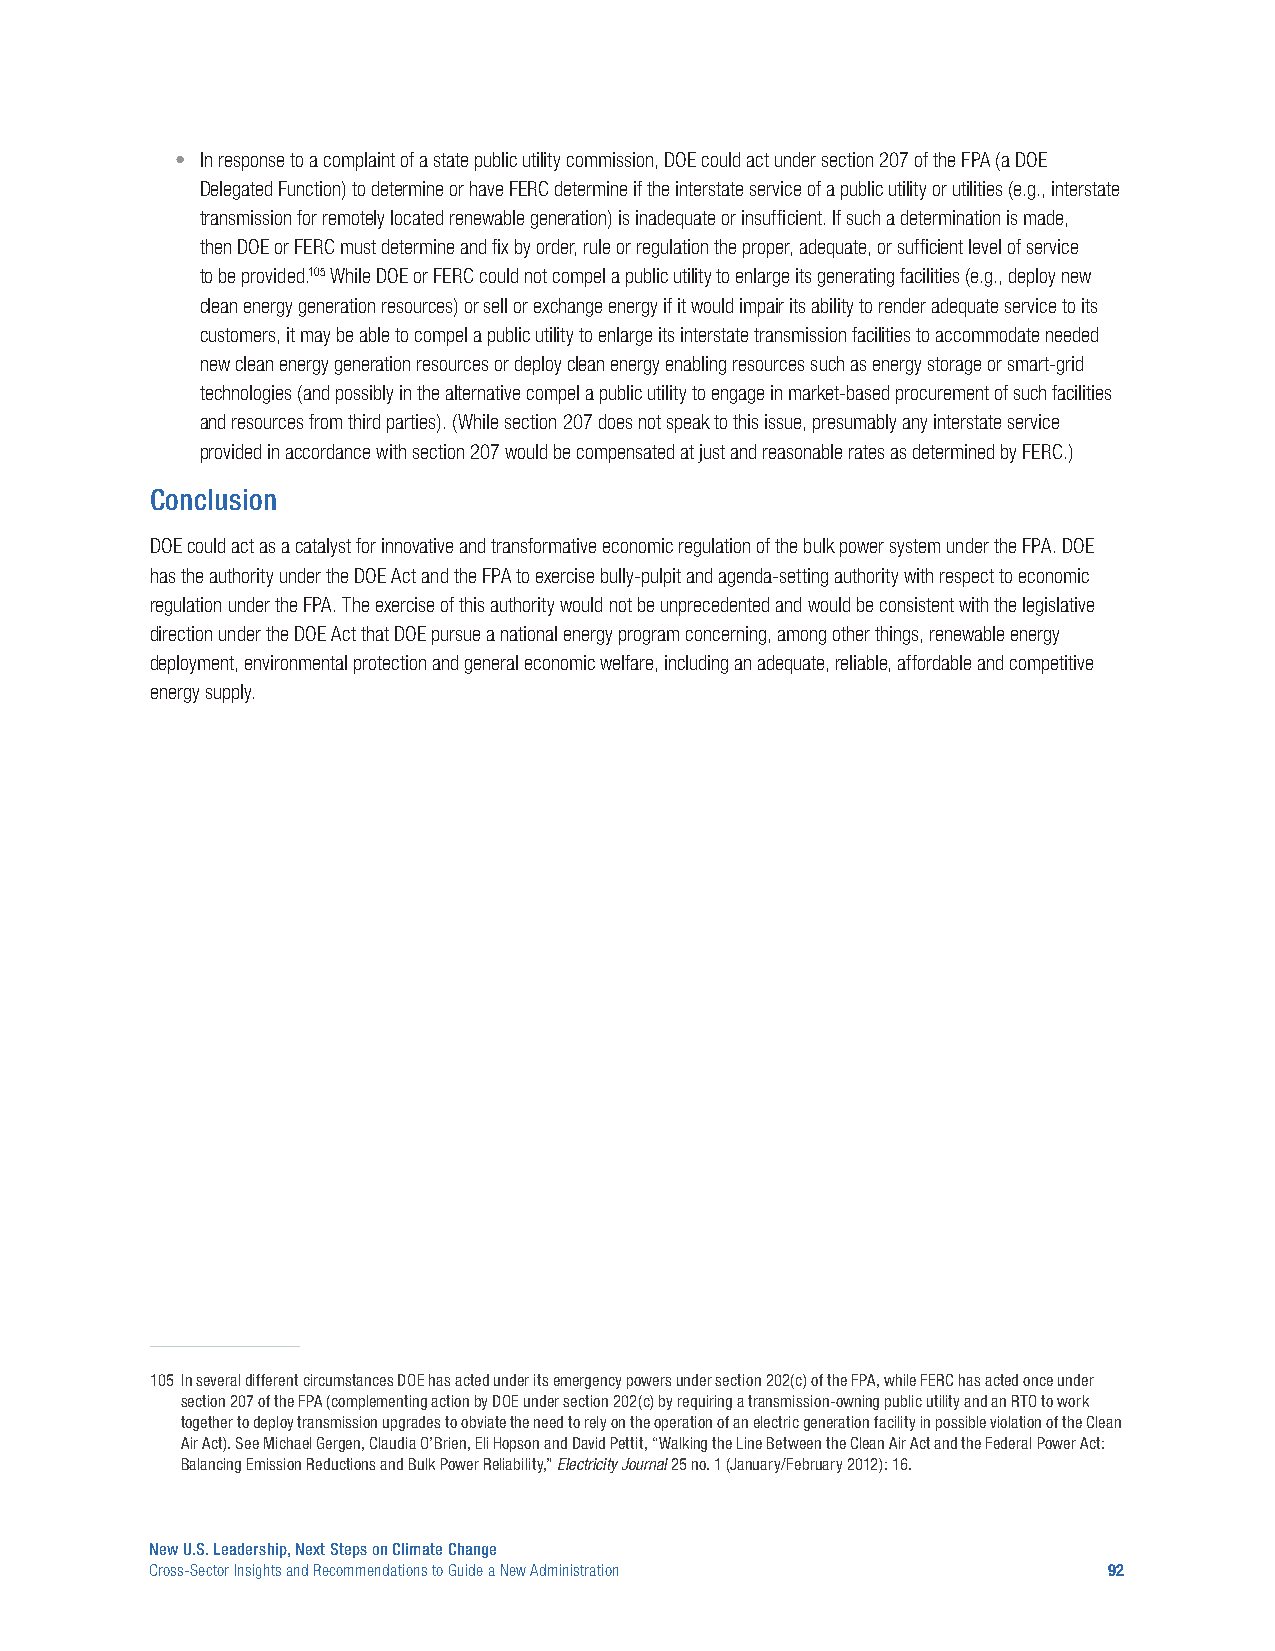
• In response to a complaint of a state public utility commission, DOE could act under section 207 of the FPA (a DOE
 Delegated Function) to determine or have FERC determine if the interstate service of a public utility or utilities (e.g., interstate
 transmission for remotely located renewable generation) is inadequate or insufficient. If such a determination is made,
 then DOE or FERC must determine and fix by order, rule or regulation the proper, adequate, or sufficient level of service
 to be provided.105 While DOE or FERC could not compel a public utility to enlarge its generating facilities (e.g., deploy new
 clean energy generation resources) or sell or exchange energy if it would impair its ability to render adequate service to its
 customers, it may be able to compel a public utility to enlarge its interstate transmission facilities to accommodate needed
 new clean energy generation resources or deploy clean energy enabling resources such as energy storage or smart-grid
 technologies (and possibly in the alternative compel a public utility to engage in market-based procurement of such facilities
 and resources from third parties). (While section 207 does not speak to this issue, presumably any interstate service
 provided in accordance with section 207 would be compensated at just and reasonable rates as determined by FERC.)
 Conclusion
 DOE could act as a catalyst for innovative and transformative economic regulation of the bulk power system under the FPA. DOE
 has the authority under the DOE Act and the FPA to exercise bully-pulpit and agenda-setting authority with respect to economic
 regulation under the FPA. The exercise of this authority would not be unprecedented and would be consistent with the legislative
 direction under the DOE Act that DOE pursue a national energy program concerning, among other things, renewable energy
 deployment, environmental protection and general economic welfare, including an adequate, reliable, affordable and competitive
 energy supply.
 105 In several different circumstances DOE has acted under its emergency powers under section 202(c) of the FPA, while FERC has acted once under
 section 207 of the FPA (complementing action by DOE under section 202(c) by requiring a transmission-owning public utility and an RTO to work
 together to deploy transmission upgrades to obviate the need to rely on the operation of an electric generation facility in possible violation of the Clean
 Air Act). See Michael Gergen, Claudia O’Brien, Eli Hopson and David Pettit, “Walking the Line Between the Clean Air Act and the Federal Power Act:
 Balancing Emission Reductions and Bulk Power Reliability,” Electricity Journal 25 no. 1 (January/February 2012): 16.
 New U.S. Leadership, Next Steps on Climate Change
 Cross-Sector Insights and Recommendations to Guide a New Administration 92